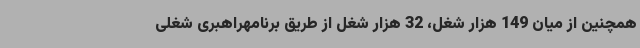
همچنین از میان 149 هزار شغل، 32 هزار شغل از طریق برنامهراهبری شغلی